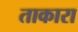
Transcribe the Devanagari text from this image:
ताकारा